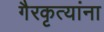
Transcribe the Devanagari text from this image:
गैरकृत्यांना